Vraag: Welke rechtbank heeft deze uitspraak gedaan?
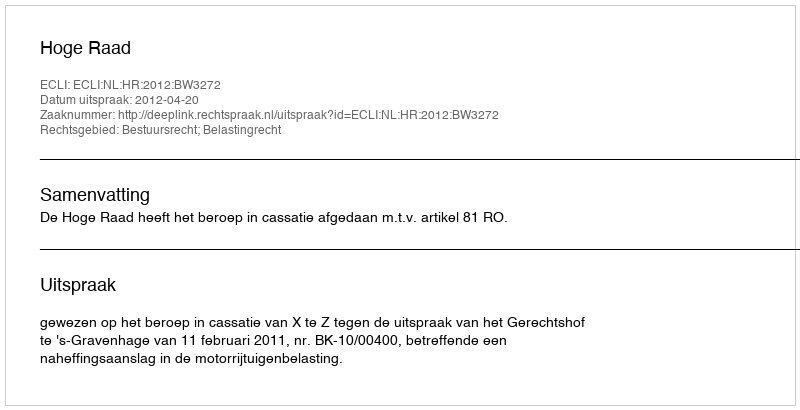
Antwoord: Hoge Raad